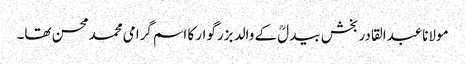
مولاناعبدالقادر بخش بیدلؒ کے والد بزرگوار کا اسم گرامی محمدمحسن تھا۔